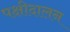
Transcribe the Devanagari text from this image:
पक्षीदालन